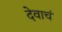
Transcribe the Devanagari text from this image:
देवाचं